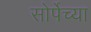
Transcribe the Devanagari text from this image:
सोर्पेच्या